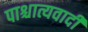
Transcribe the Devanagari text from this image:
पाश्चात्यवादी